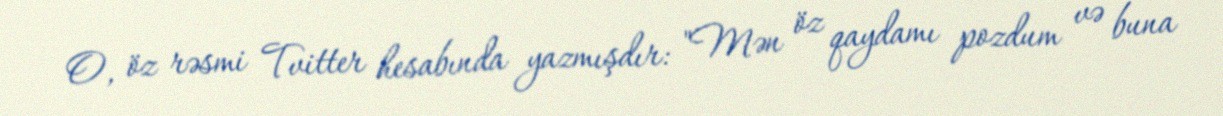
O, öz rəsmi Tvitter hesabında yazmışdır: "Mən öz qaydamı pozdum və buna